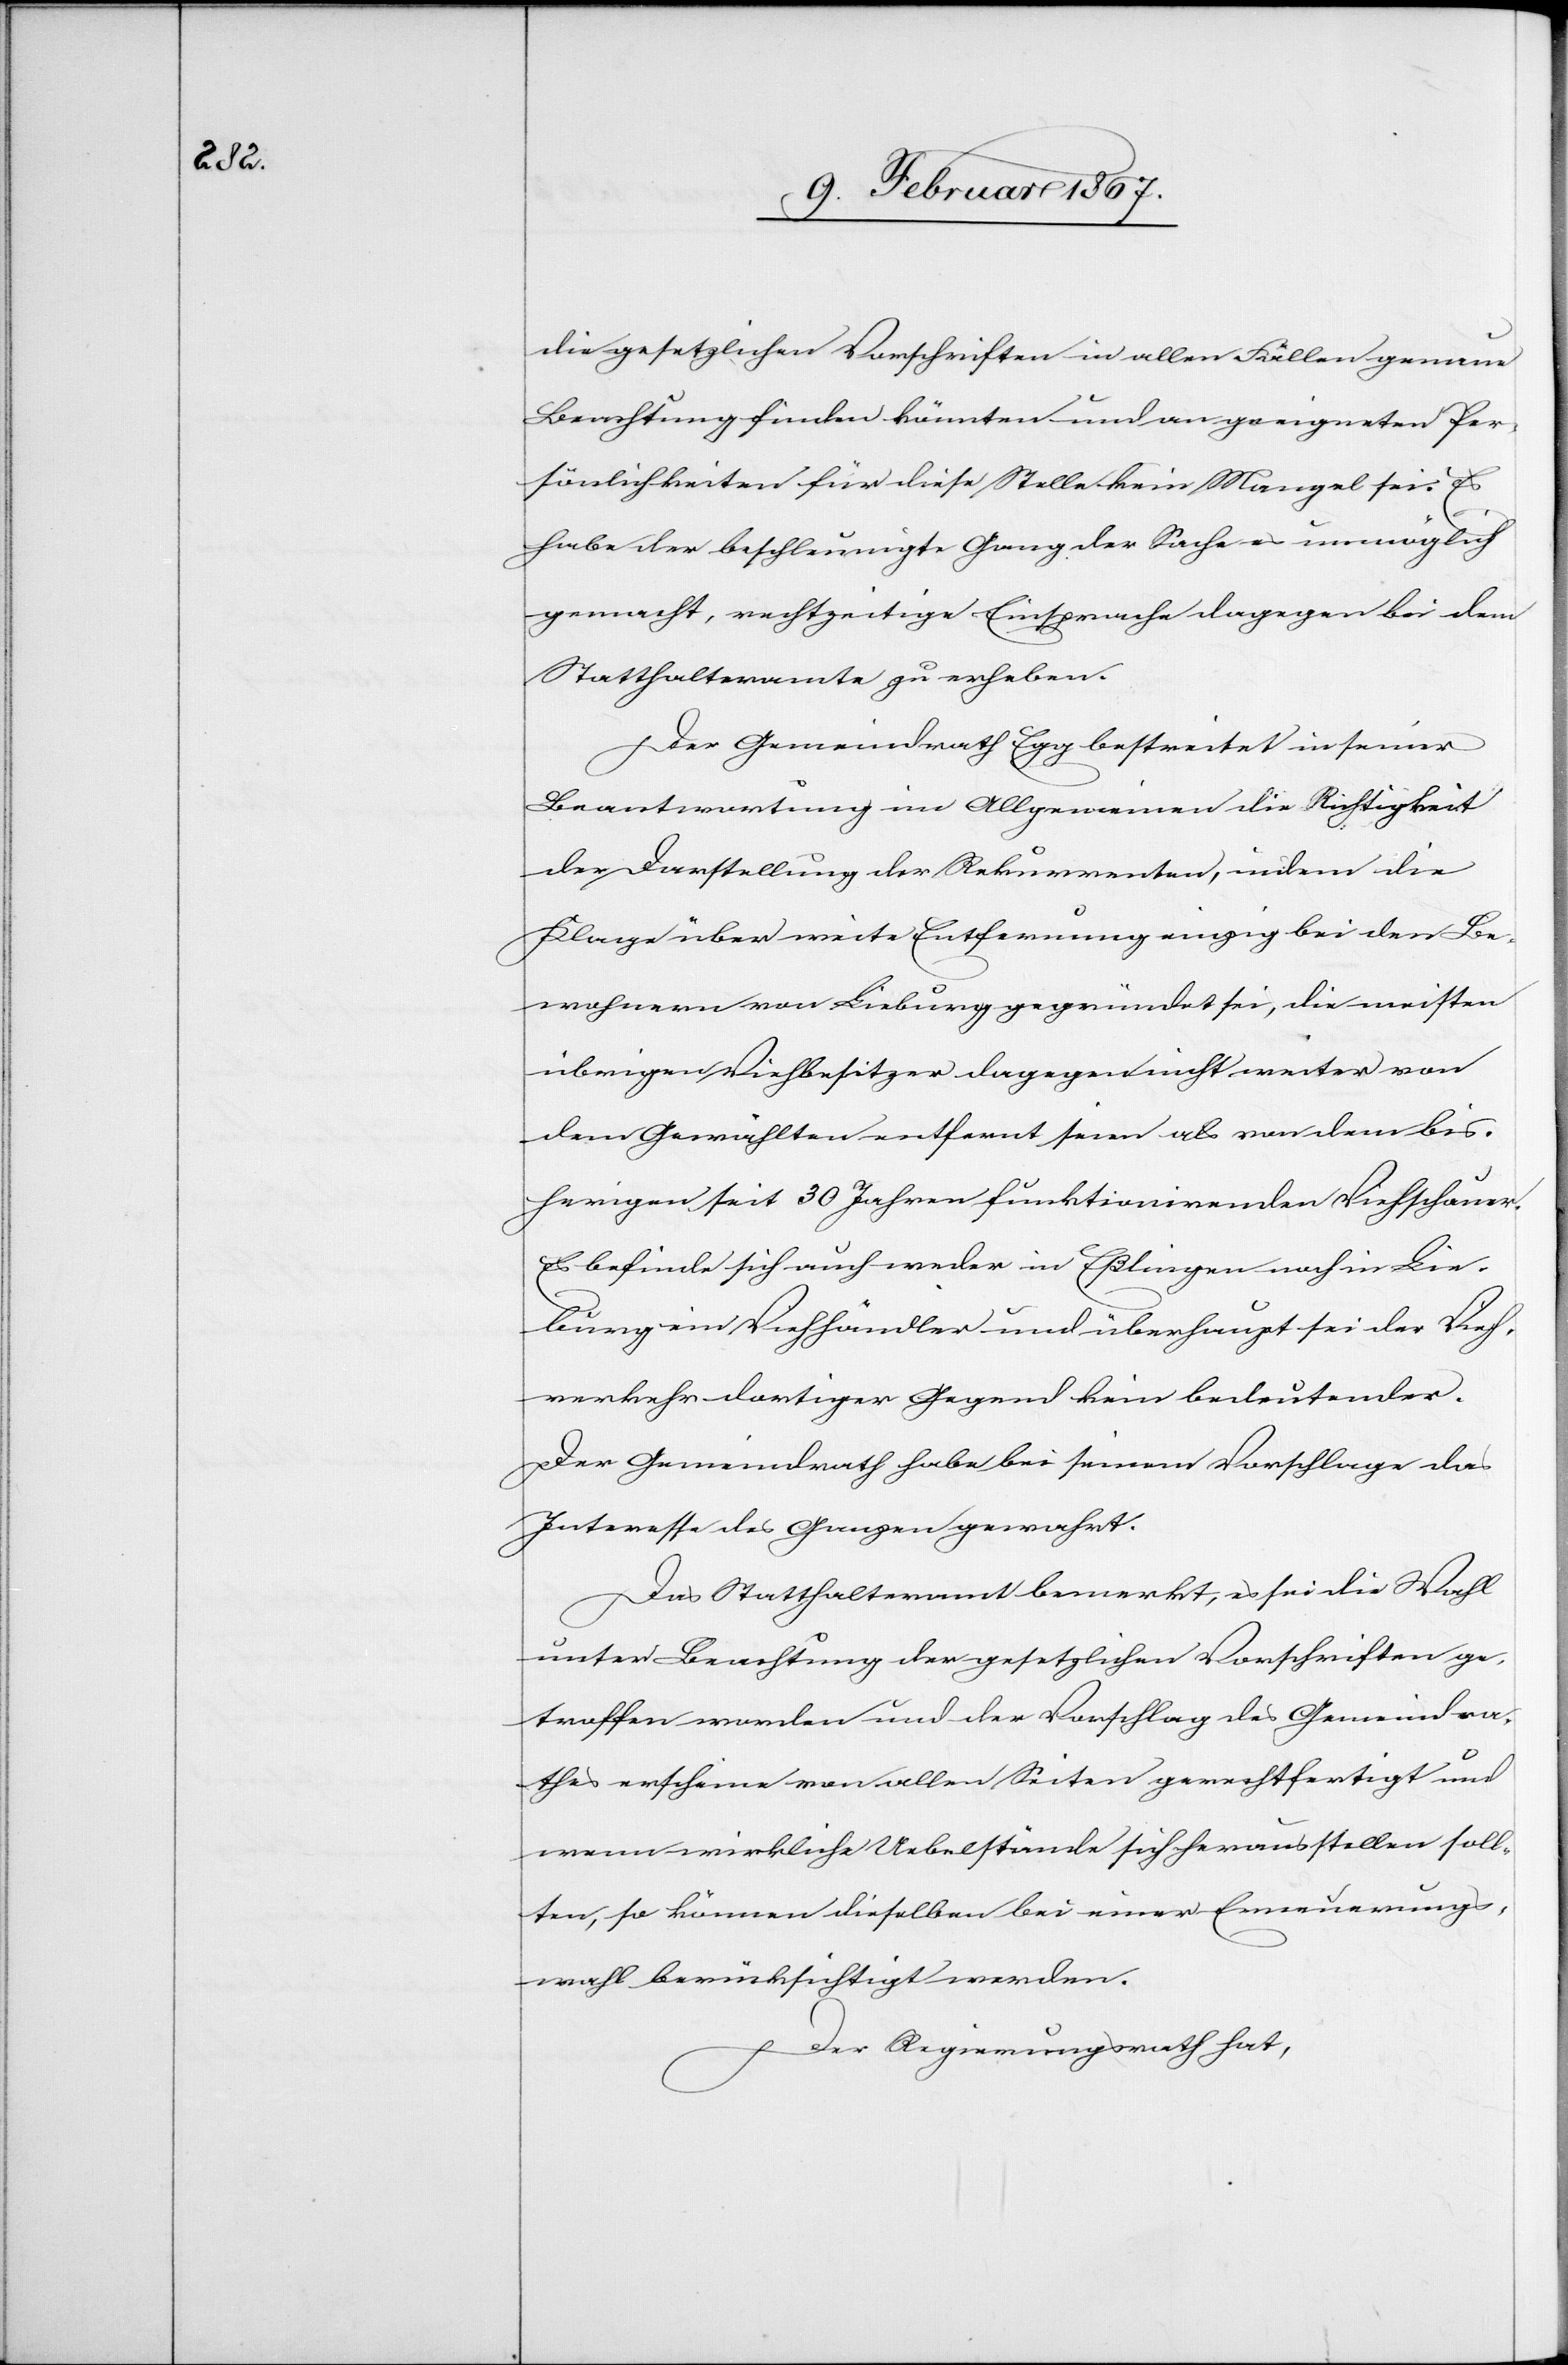
die gesetzlichen Vorschriften in allen Fällen genaue
Beachtung finden könnten und an geeigneten Per¬
sönlichkeiten für diese Stelle kein Mangel sei. Es
habe der beschleunigte Gang der Sache es unmöglich
gemacht, rechtzeitige Einsprache dagegen bei dem
Statthalteramte zu erheben.
Der Gemeindrath Egg bestreitet in seiner
Beantwortung im Allgemeinen die Richtigkeit
der Darstellung der Rekurrenten, indem die
Klage über weite Entfernung einzig bei den Be¬
wohnern von Lieburg gegründet sei, die meisten
übrigen Viehbesitzer dagegen nicht weiter von
dem Gewählten entfernt seien als von dem bis¬
herigen seit 30 Jahren funktionirenden Viehschauer.
Es befinde sich auch weder in Eßlingen noch in Lie¬
burg ein Viehhändler und überhaupt sei der Vieh¬
verkehr dortiger Gegend kein bedeutender.
Der Gemeindrath habe bei seinem Vorschlage das
Interesse des Ganzen gewahrt.
Das Statthalteramt bemerkt, es sei die Wahl
unter Beachtung der gesetzlichen Vorschriften ge¬
troffen worden und der Vorschlag des Gemeindra¬
thes erscheine von allen Seiten gerechtfertigt und
wenn wirkliche Uebelstände sich herausstellen soll¬
ten, so können dieselben bei einer Erneuerungs¬
wahl berücksichtigt werden.
Der Regierungsrath hat,